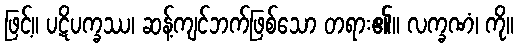
ဖြင့်။ ပဋိပက္ခဿ၊ ဆန့်ကျင်ဘက်ဖြစ်သော တရား၏။ လက္ခဏံ၊ ကို။